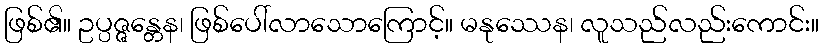
ဖြစ်၏။ ဥပ္ပဇ္ဇန္တေန၊ ဖြစ်ပေါ်လာသောကြောင့်။ မနုဿေန၊ လူသည်လည်းကောင်း။